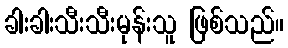
ခါးခါးသီးသီးမုန်းသူ ဖြစ်သည်။